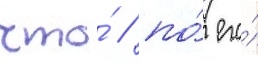
что́ / по́ его́